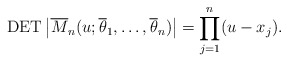
\begin{gather*}\operatorname{DET} \big | \overline{M}_n(u;\overline{\theta}_1,\ldots,\overline{\theta}_n)\big | = \prod_{j=1}^{n}(u-x_j).\end{gather*}